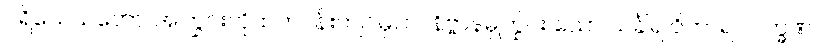
ပရိသေသတော၊ အကြွင်းကိုထက်ဝန်းကျင်မှ။ ဝါ၊ နိဗ္ဗာန်မှကြွင်း သော သင်္ခါရ ဝိကာရ လက္ခဏ